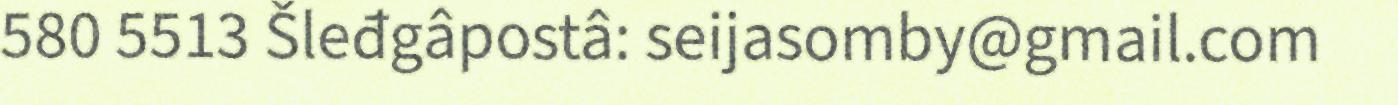
580 5513 Šleđgâpostâ: seijasomby@gmail.com